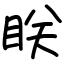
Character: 眹